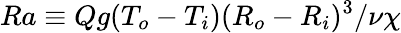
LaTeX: {Ra\equiv Qg(T_{o}-T_{i})(R_{o}-R_{i})^{3}/\nu\chi}